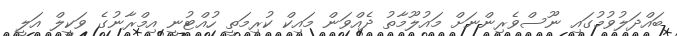
ބައްދަލުވުމުގައި ނޫސްވެރިންނަށް މައުލޫމާތު ދެއްވަން މައިކް ކުރިމަތީ ހުއްޓުނީ އިމްރާނުގެ ވަކީލް އަލީ